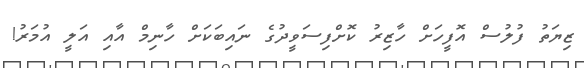
ޒިޔަތު ފުލުސް އޮފީހަށް ހާޒިރު ކޮށްފިސަވީދުގެ ނައިބަކަށް ހާނިމް އާއި އަލީ އުމަރު!